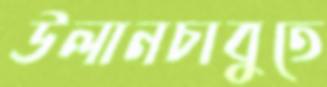
উলানচাবুতে